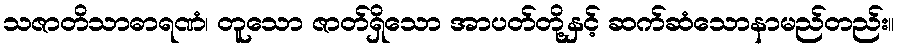
သဇာတိသာဓာရဏံ၊ တူသော ဇာတ်ရှိသော အာပတ်တို့နှင့် ဆက်ဆံသောနာမည်တည်း။